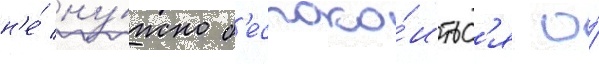
н'е́ ну́жно б'еспоко́итьс'я о́